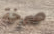
صرخة